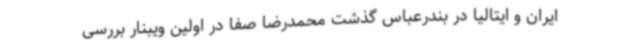
ایران و ایتالیا در بندرعباس گذشت محمدرضا صفا در اولین ویبنار بررسی